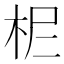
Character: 𣐓